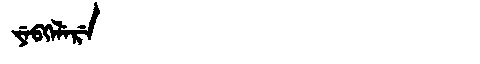
Manchu: ᠶᡝᠪᡴᡝᠯᡝᡵᡝ
Romanization: YEBKELERE